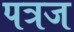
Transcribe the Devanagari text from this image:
पत्रज